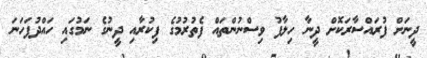
ދީނަށް ފުރައްސާރަކޮށް ދީނާ ހިލާފު ވިސްނުންތައް ފެތުރުމުގެ ފިކުރާއި ދީނުގެ ނަމުގައި ހައްދުފަހަނަ